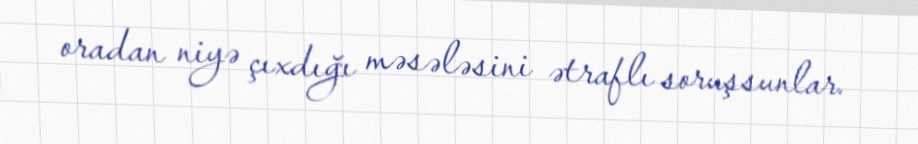
oradan niyə çıxdığı məsələsini ətraflı soruşsunlar.